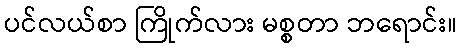
ပင်လယ်စာ ကြိုက်လား မစ္စတာ ဘရောင်း။